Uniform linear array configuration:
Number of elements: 16
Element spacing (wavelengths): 1
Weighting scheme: blackman
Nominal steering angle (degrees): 45
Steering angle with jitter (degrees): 44.654
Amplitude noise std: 0.05
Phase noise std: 0.05

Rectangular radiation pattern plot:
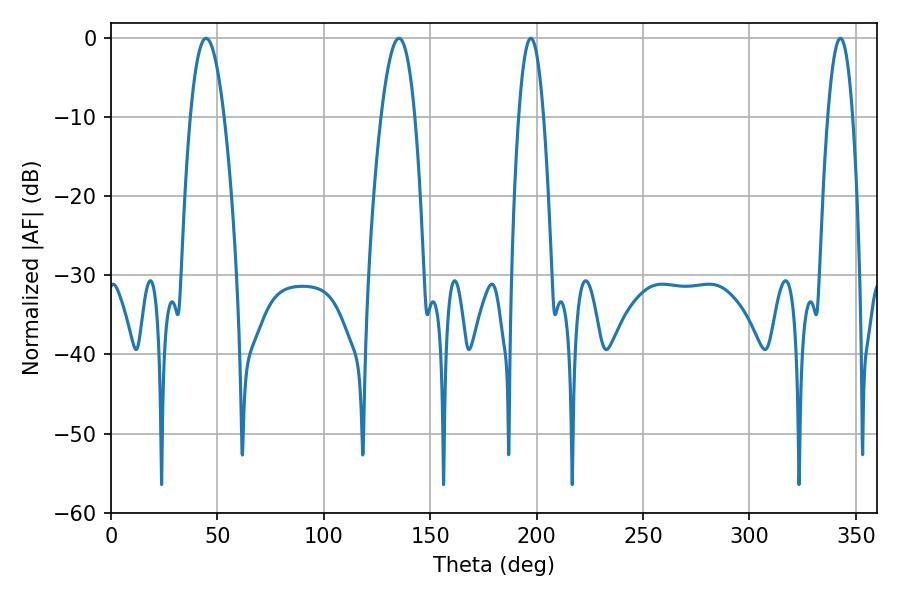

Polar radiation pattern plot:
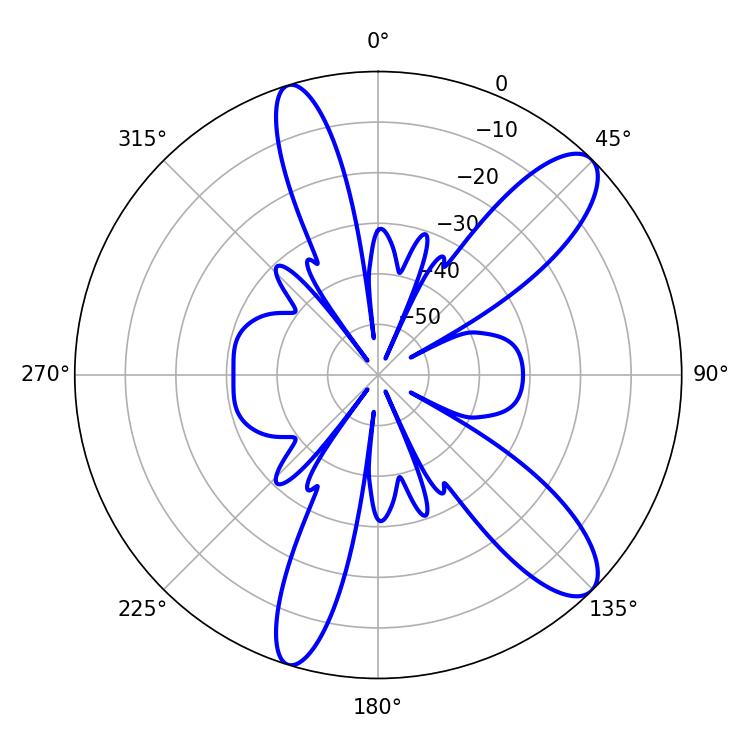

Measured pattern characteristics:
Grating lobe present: TRUE
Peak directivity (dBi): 11.008
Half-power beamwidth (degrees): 6.48
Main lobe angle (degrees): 197.28